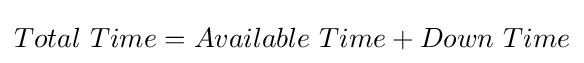
Total\ Time=Available\ Time+Down\ Time